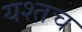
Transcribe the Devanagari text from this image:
यश्तच